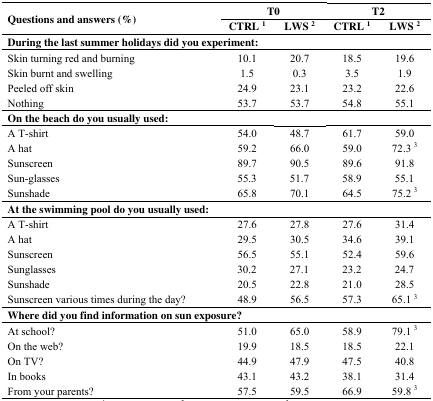
<table><thead><tr><td rowspan="2"><b>Questions and answers (%)</b></td><td colspan="2"><b>T0</b></td><td colspan="2"><b>T2</b></td></tr><tr><td><b>CTRL <sup>1</sup></b></td><td><b>LWS <sup>2</sup></b></td><td><b>CTRL <sup>1</sup></b></td><td><b>LWS <sup>2</sup></b></td></tr></thead><tbody><tr><td colspan="5"><b>During the last summer holidays did you experiment:</b></td></tr><tr><td>Skin turning red and burning</td><td>10.1</td><td>20.7</td><td>18.5</td><td>19.6</td></tr><tr><td>Skin burnt and swelling</td><td>1.5</td><td>0.3</td><td>3.5</td><td>1.9</td></tr><tr><td>Peeled off skin</td><td>24.9</td><td>23.1</td><td>23.2</td><td>22.6</td></tr><tr><td>Nothing</td><td>53.7</td><td>53.7</td><td>54.8</td><td>55.1</td></tr><tr><td colspan="5"><b>On the beach do you usually used:</b></td></tr><tr><td>A T-shirt</td><td>54.0</td><td>48.7</td><td>61.7</td><td>59.0</td></tr><tr><td>A hat</td><td>59.2</td><td>66.0</td><td>59.0</td><td>72.3 <sup>3</sup></td></tr><tr><td>Sunscreen</td><td>89.7</td><td>90.5</td><td>89.6</td><td>91.8</td></tr><tr><td>Sun-glasses</td><td>55.3</td><td>51.7</td><td>58.9</td><td>55.1</td></tr><tr><td>Sunshade</td><td>65.8</td><td>70.1</td><td>64.5</td><td>75.2 <sup>3</sup></td></tr><tr><td colspan="5"><b>At the swimming pool do you usually used:</b></td></tr><tr><td>A T-shirt</td><td>27.6</td><td>27.8</td><td>27.6</td><td>31.4</td></tr><tr><td>A hat</td><td>29.5</td><td>30.5</td><td>34.6</td><td>39.1</td></tr><tr><td>Sunscreen</td><td>56.5</td><td>55.1</td><td>52.4</td><td>59.6</td></tr><tr><td>Sunglasses</td><td>30.2</td><td>27.1</td><td>23.2</td><td>24.7</td></tr><tr><td>Sunshade</td><td>20.5</td><td>22.8</td><td>21.0</td><td>28.5</td></tr><tr><td>Sunscreen various times during the day?</td><td>48.9</td><td>56.5</td><td>57.3</td><td>65.1 <sup>3</sup></td></tr><tr><td colspan="5"><b>Where did you find information on sun exposure?</b></td></tr><tr><td>At school?</td><td>51.0</td><td>65.0</td><td>58.9</td><td>79.1 <sup>3</sup></td></tr><tr><td>On the web?</td><td>19.9</td><td>18.5</td><td>18.5</td><td>22.1</td></tr><tr><td>On TV?</td><td>44.9</td><td>47.9</td><td>47.5</td><td>40.8</td></tr><tr><td>In books</td><td>43.1</td><td>43.2</td><td>38.1</td><td>31.4</td></tr><tr><td>From your parents?</td><td>57.5</td><td>59.5</td><td>66.9</td><td>59.8 <sup>3</sup></td></tr></tbody></table>